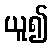
ယူ၍